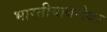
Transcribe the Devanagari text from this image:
भारतीयाबरोबर